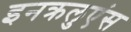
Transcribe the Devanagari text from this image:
इनक्रलुएंस